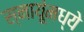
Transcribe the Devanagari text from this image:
स्नायूंमध्ये